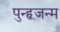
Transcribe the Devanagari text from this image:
पुन्ह्र्जन्म